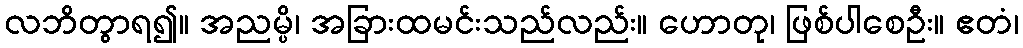
လဘိတွာရ၍။ အညမ္ပိ၊ အခြားထမင်းသည်လည်း။ ဟောတု၊ ဖြစ်ပါစေဦး။ ဧတံ၊